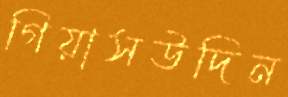
গিয়াসউদিন